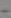
-